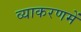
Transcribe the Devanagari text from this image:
व्याकरणमें